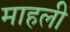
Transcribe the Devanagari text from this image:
माहली